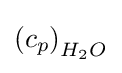
\left(c_{p}\right)_{H_{2}O}